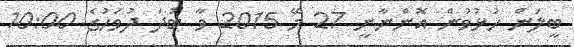
ބީލަން ހުޅުވުން އޮންނާނީ 27 މޭ 2015 ވާ ބުދަ ދުވަހުގެ 10:00